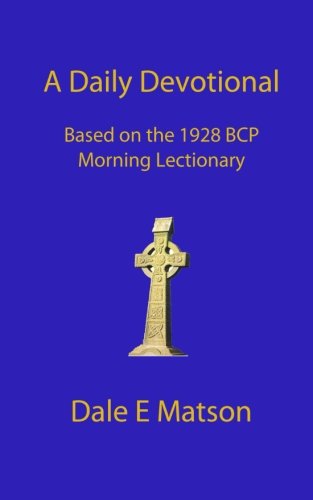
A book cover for A Daily Devotional: Using The 1928 Book Of Common  Prayer Morning Lectionary; Fr. Dale E Matson; Religion & Spirituality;